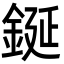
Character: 鋋